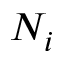
N _ { i }